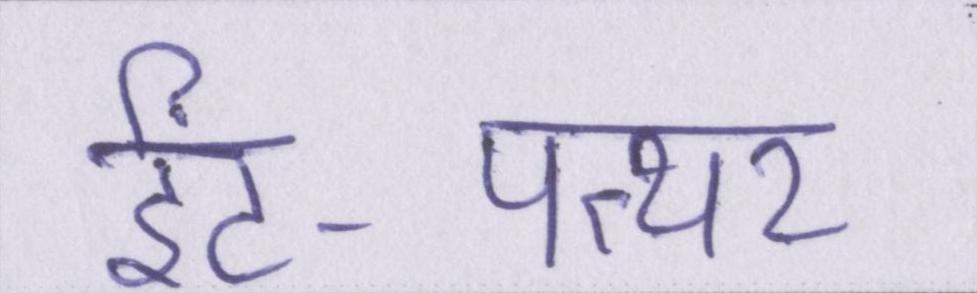
ईंट-पत्थर